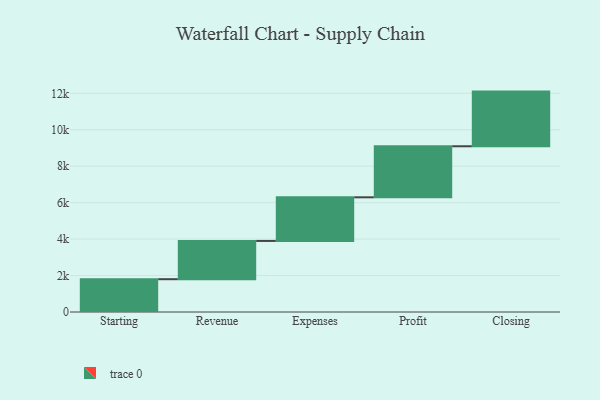
{"axis": {"x": "Step", "y": "Value"}, "legend": [""], "data": [{"x": "Starting", "y": 1800.0, "type": ""}, {"x": "Revenue", "y": 2100.0, "type": ""}, {"x": "Expenses", "y": 2394.0, "type": ""}, {"x": "Profit", "y": 2801.0, "type": ""}, {"x": "Closing", "y": 3000, "type": ""}]}